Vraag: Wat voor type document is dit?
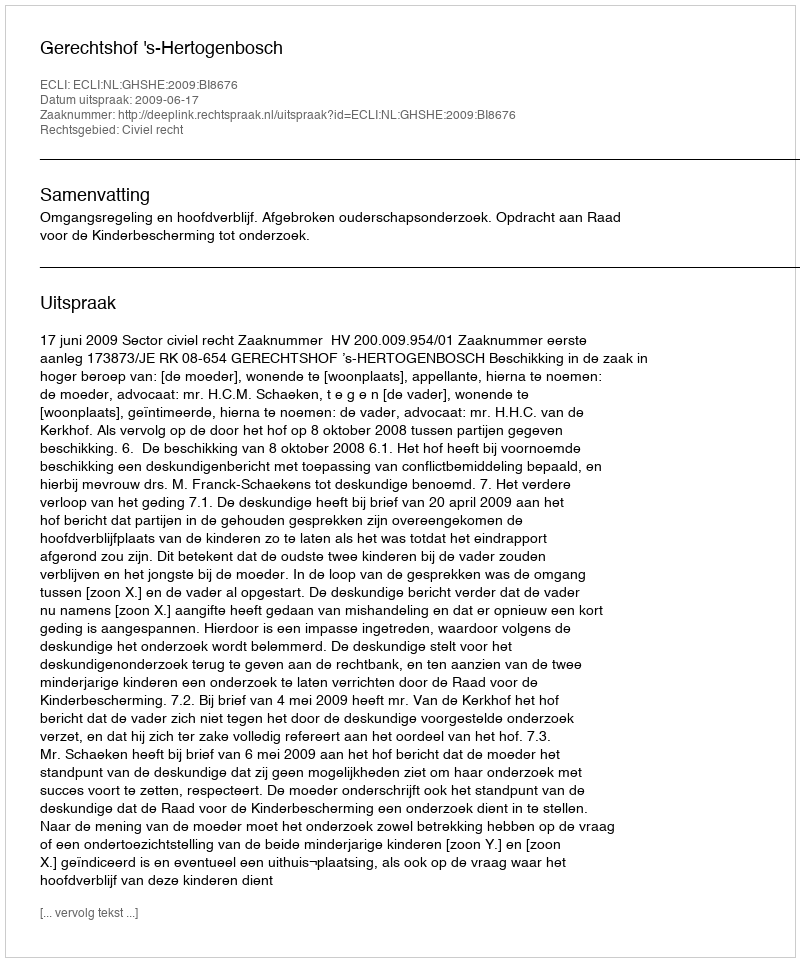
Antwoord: Uitspraak